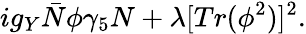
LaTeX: ig_{Y}{\bar{N}}\phi\gamma_{5}N+\lambda[Tr(\phi^{2})]^{2}.